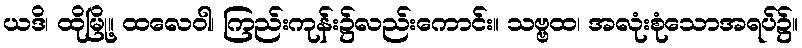
ယဒိ၊ ထိုမြို့။ ထလေဝါ၊ ကြည်းကုန်း၌လည်းကောင်း။ သဗ္ဗထ၊ အလုံးစုံသောအရပ်၌။